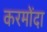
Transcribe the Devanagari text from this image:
करमोंदा